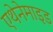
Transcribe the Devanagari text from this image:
एथेनेमाइड